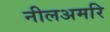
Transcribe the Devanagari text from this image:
नीलअमरि